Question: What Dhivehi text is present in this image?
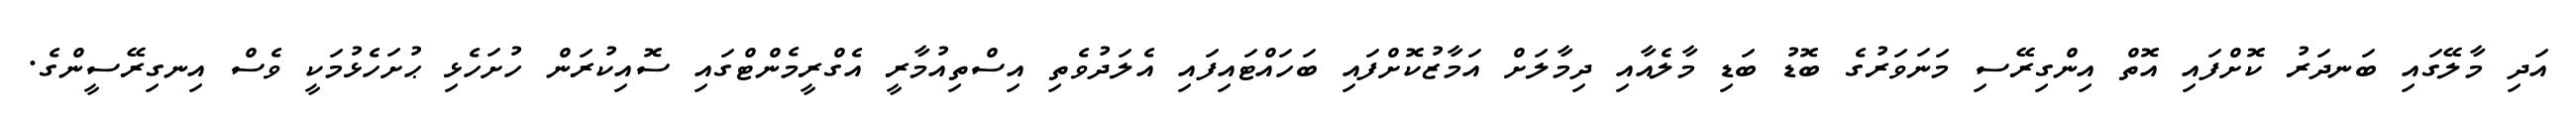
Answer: އަދި މާލޭގައި ބަނދަރު ކޮށްފައި އޮތް އިންގިރޭސި މަނަވަރުގެ ބޮޑު ބަޑި މާލެއާއި ދިމާލަށް އަމާޒުކޮށްފައި ބަހައްޓައިފައި އެލަދުވެތި އިސްތިއުމާރީ އެގްރީމެންޓްގައި ސޮއިކުރަން ހުށަހެޅި ޙުށަހެޅުމަކީ ވެސް އިނގިރޭސީންގެ.